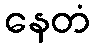
နေတံ